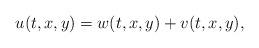
LaTeX: \begin{align*}u(t,x,y)=w(t,x,y)+v(t,x,y),\end{align*}